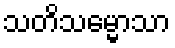
သတိသမ္မောသာ